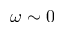
\omega \sim 0